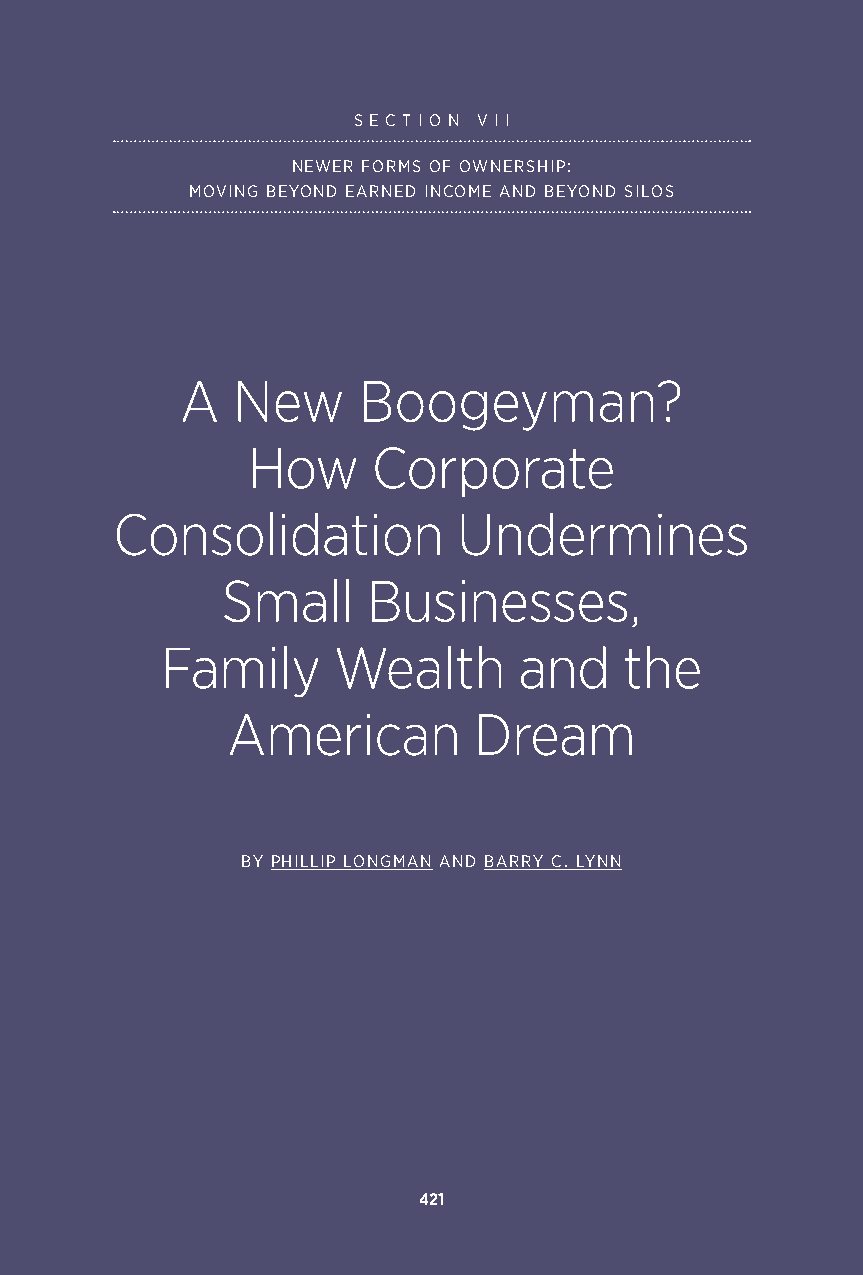
S E C T I O N V I I
 NEWER FORMS OF OWNERSHIP:
 MOVING BEYOND EARNED INCOME AND BEYOND SILOS
 A  New      Boogeyman?
 How      Corporate
 Consolidation          Undermines
 Small    Businesses,
 Family     Wealth      and    the
 American        Dream
 BY PHILLIP LONGMAN AND BARRY C. LYNN
 421